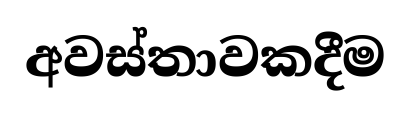
අවස්තාවකදීම